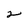
Character: 2